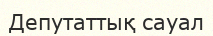
Депутаттық сауал